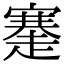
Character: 䞿